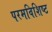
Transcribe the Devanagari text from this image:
परमविशिष्ट